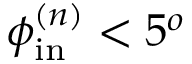
\phi _ { \mathrm { i n } } ^ { ( n ) } < 5 ^ { o }